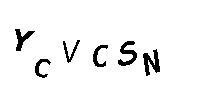
YCVCSN